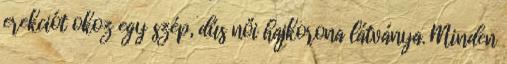
erekciót okoz egy szép, dús női hajkorona látványa. Minden